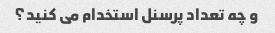
و چه تعداد پرسنل استخدام می کنید؟